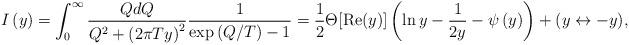
LaTeX: \begin{align*}I\left( y\right) =\int_0^\infty \frac{QdQ}{Q^2+\left(2\pi Ty\right) ^2}\frac 1{\exp \left( Q/T\right) -1}=\frac12\Theta[{\rm Re}(y)]\left(\ln y-\frac 1{2y}-\psi\left(y\right)\right)+(y\leftrightarrow-y),\end{align*}